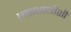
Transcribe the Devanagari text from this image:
लाभार्थीशी